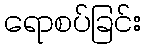
ရောစပ်ခြင်း